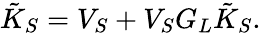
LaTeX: \tilde{K}_{S}=V_{S}+V_{S}G_{L}\tilde{K}_{S}.